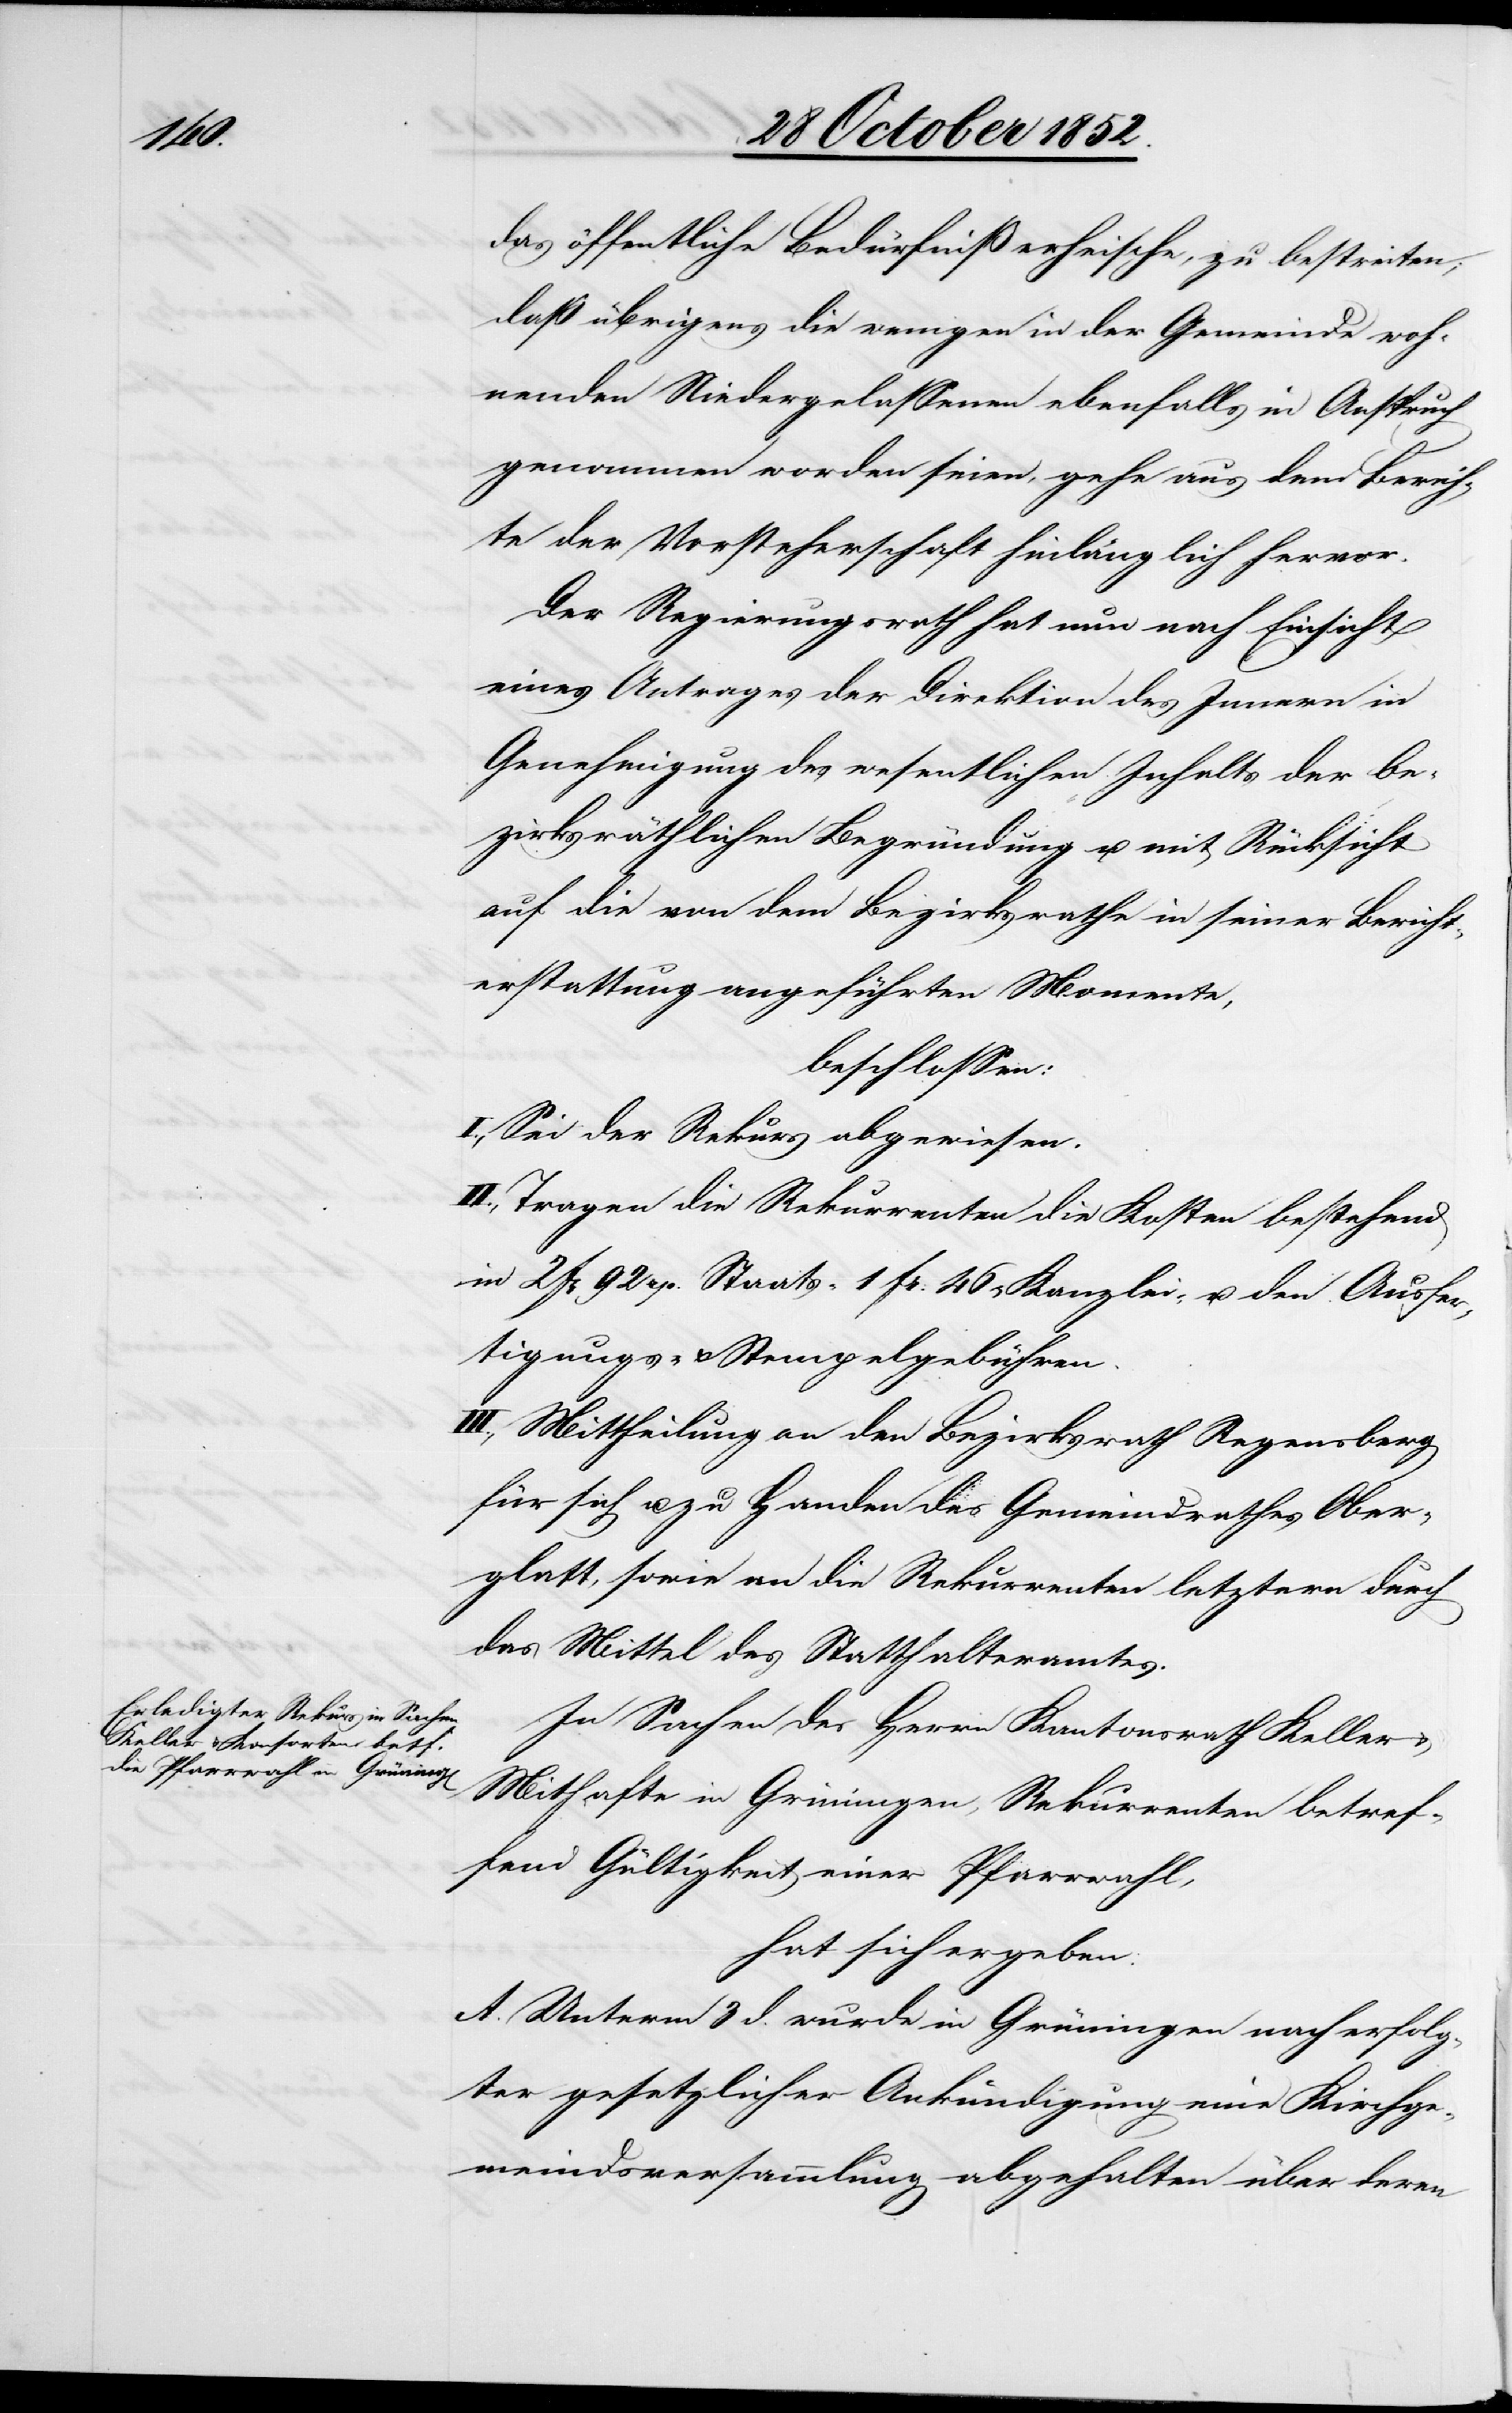
46 r

das öffentliche Bedürfniß erheische, zu bestreiten;
daß übrigens die wenigen in der Gemeinde woh¬
nenden Niedergelassenen ebenfalls in Anspruch
genommen worden seien, gehe aus dem Berich¬
te der Vorsteherschaft hinlänglich hervor.
Der Regierungsrath hat nun nach Einsicht
eines Antrages der Direktion des Innern in
Genehmigung des wesentlichen Inhalts der be¬
zirksräthlichen Begründung u. mit Rücksicht
auf die von dem Bezirksrathe in seiner Bericht¬
erstattung angeführten Momente,
beschlossen:
I., Sei der Rekurs abgewiesen.
rII., Tragen die Rekurrenten die Kosten bestehend
III., Mittheilung an den Bezirksrath Regensberg
für sich u. zu Handen des Gemeindrathes Ober¬
glatt, sowie an die Rekurrenten letztern durch
das Mittel des Statthalteramtes.
In Sachen des Herrn Kantonsrath Keller &
Mithafte in Grüningen, Rekurrenten betref¬
fend Gültigkeit einer Pfarrwahl,
hat sich ergeben:
A. Unterm 3 d. wurde in Grüningen nach erfolg¬
ter gesetzlicher Ankündigung eine Kirchge¬
meindsversammlung abgehalten über deren